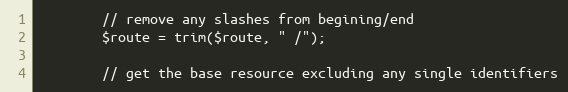
Language: PHP
        // remove any slashes from begining/end
        $route = trim($route, " /");

        // get the base resource excluding any single identifiers